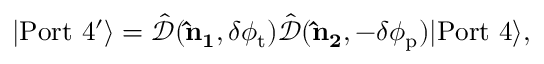
\begin{array} { r } { | \mathrm { P o r t \ 4 ^ { \prime } } \rangle = \hat { \mathcal { D } } ( { \bf \hat { n } _ { 1 } } , \delta \phi _ { \mathrm { t } } ) \hat { \mathcal { D } } ( { \bf \hat { n } _ { 2 } } , - \delta \phi _ { \mathrm { p } } ) | \mathrm { P o r t \ 4 } \rangle , } \end{array}